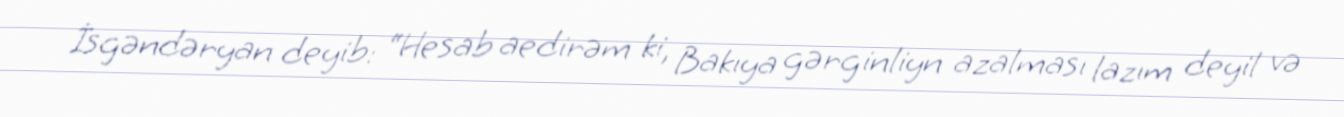
İsgəndəryan deyib: “Hesab aedirəm ki, Bakıya gərginliyn azalması lazım deyil və